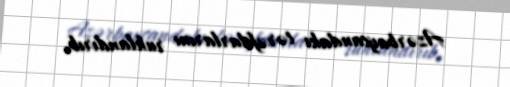
Azərbaycandakı tərəfdarlarını ruhlandırıb.